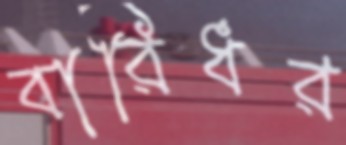
বারিধর